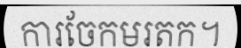
ការចែកមរតក។